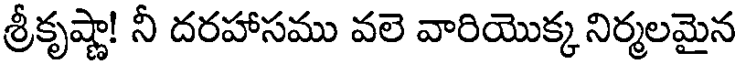
శ్రీకృష్ణా! నీ దరహాసము వలె వారియొక్క నిర్మలమైన